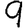
Digit: 9